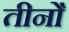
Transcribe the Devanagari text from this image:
तीनोँ